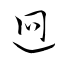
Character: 迥